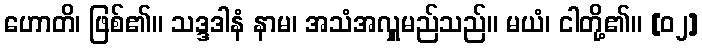
ဟောတိ၊ ဖြစ်၏။ သဒ္ဒဒါနံ နာမ၊ အသံအလှူမည်သည်။ မယံ၊ ငါတို့၏။ [၀၂]